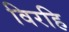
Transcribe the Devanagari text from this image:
विरहि